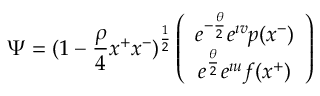
\Psi = ( 1 - { \frac { \rho } { 4 } } x ^ { + } x ^ { - } ) ^ { \frac { 1 } { 2 } } \left( \begin{array} { c } { { e ^ { - { \frac { \theta } { 2 } } } e ^ { \imath v } p ( x ^ { - } ) } } \\ { { e ^ { { \frac { \theta } { 2 } } } e ^ { \imath u } f ( x ^ { + } ) } } \end{array} \right)